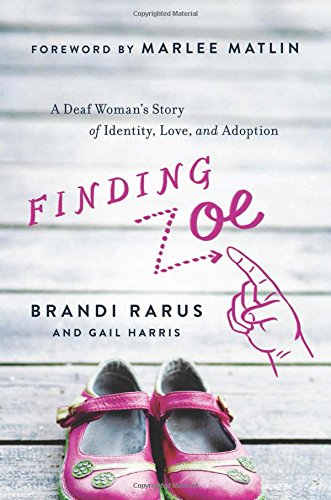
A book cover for Finding Zoe: A Deaf Woman's Story of Identity, Love, and Adoption; Brandi Rarus; Parenting & Relationships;